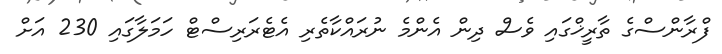
ފްރާންސްގެ ތާރީޚްގައި ވެސް ދިން އެންމެ ނުރައްކާތެރި އެޓެރަރިސްޓް ހަމަލާގައި 230 އަށް